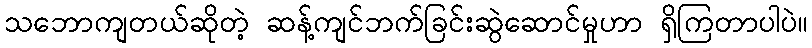
သဘောကျတယ်ဆိုတဲ့ ဆန့်ကျင်ဘက်ခြင်းဆွဲဆောင်မှုဟာ ရှိကြတာပါပဲ။